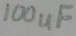
Text: 100uF